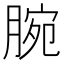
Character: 腕